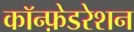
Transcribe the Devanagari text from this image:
कॉन्फ़ेडरेशन